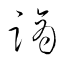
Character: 蹢